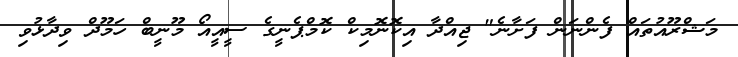
މަޝްރޫއުތައް ފެންނަން ފަށާނެ" ޖިއްދާ އިކޮނޮމިކް ކޮމްޕެނީގެ ސީއީއޯ މޫނީބް ހަމޫދް ވިދާޅުވި